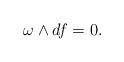
LaTeX: \begin{align*}\omega \wedge df=0.\end{align*}